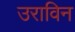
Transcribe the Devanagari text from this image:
उराविन